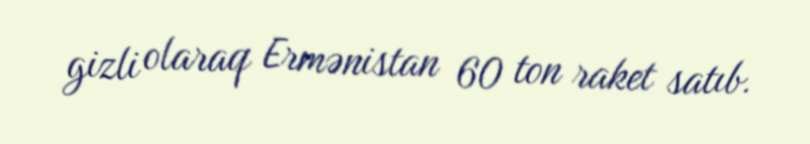
gizli olaraq Ermənistan 60 ton raket satıb.